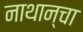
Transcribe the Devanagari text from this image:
नाथान्चा